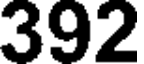
392